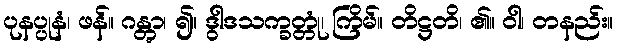
ပုနပ္ပုနံ၊ ဖန်။ ဂန္တွာ၊ ၍။ ဒွါဒသက္ခတ္တုံ၊ ကြိမ်။ တိဋ္ဌတိ၊ ၏။ ဝါ၊ တနည်း။